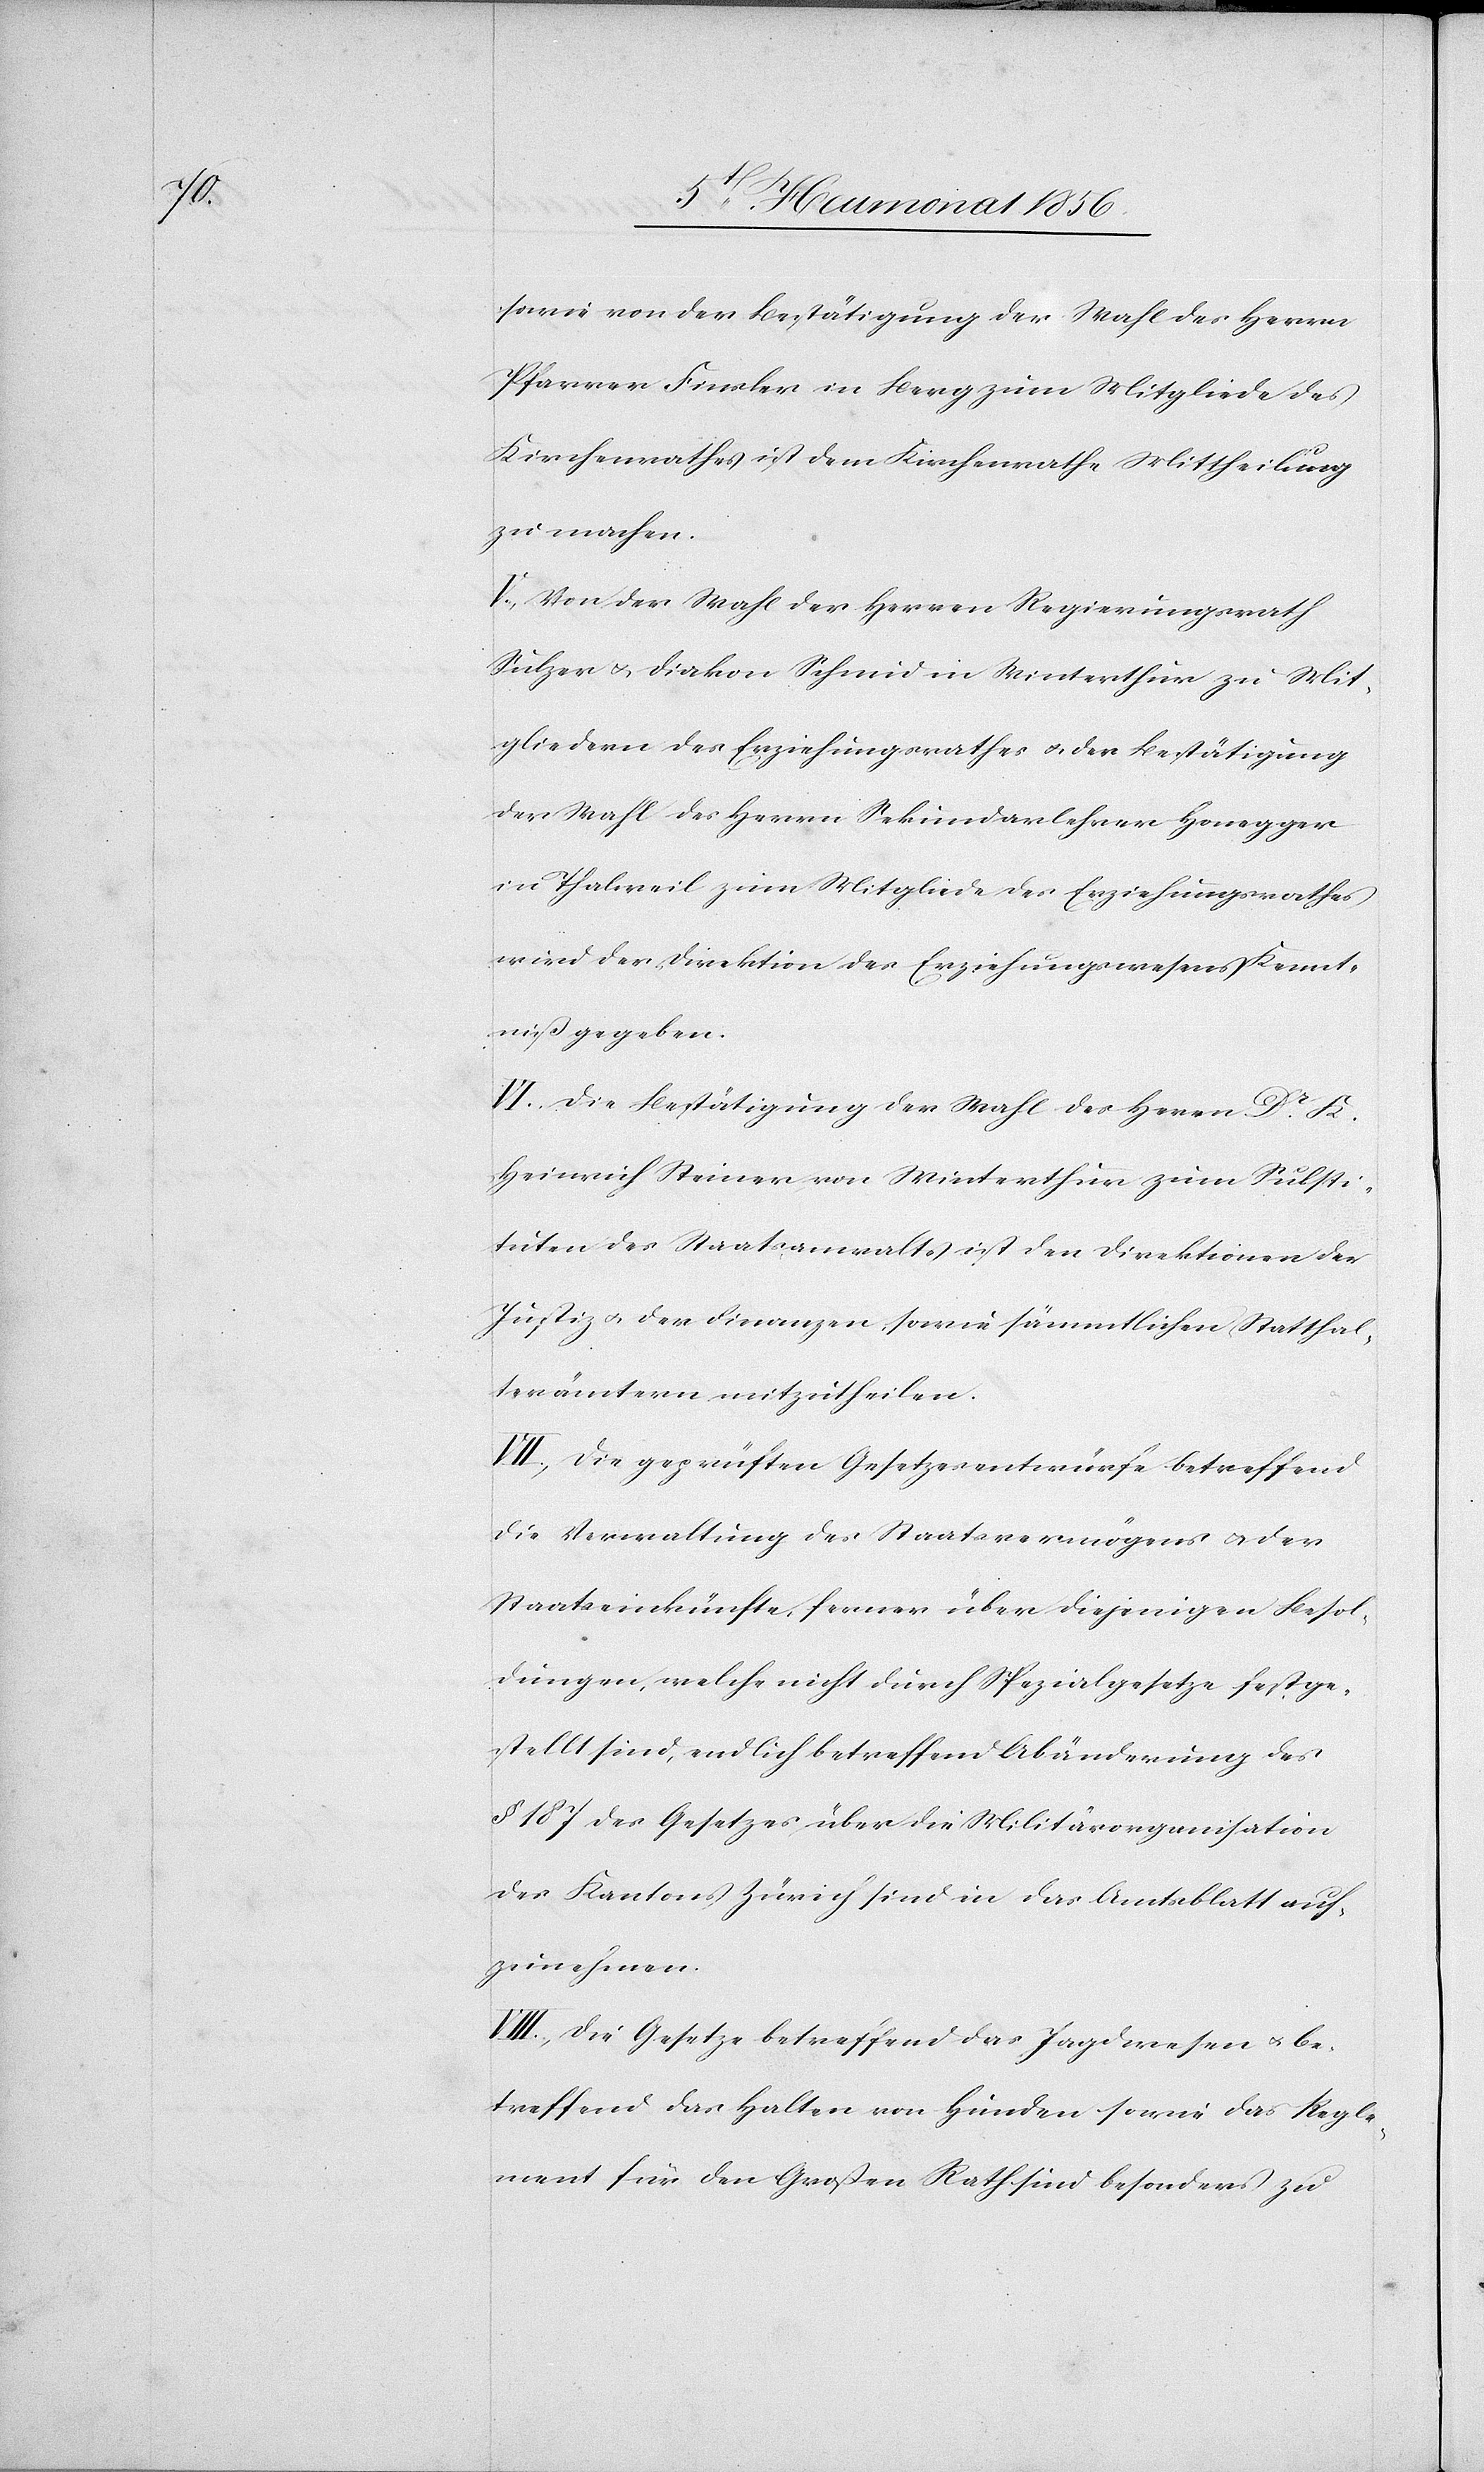
sowie von der Bestätigung der Wahl des Herrn
Pfarrer Finsler in Berg zum Mitgliede des
Kirchenrathes ist dem Kirchenrathe Mittheilung
zu machen.
V.) Von der Wahl der Herren Regierungsrath
Sulzer u. Diakon Schmid in Winterthur zu Mit¬
gliedern des Erziehungsrathes u. der Bestätigung
der Wahl des Herrn Sekundarlehrer Honegger
in Thalweil zum Mitgliede des Erziehungsrathes
wird der Direktion des Erziehungswesens Kennt¬
niß gegeben.
VI.) Die Bestätigung der Wahl des Herrn Dr K.
Heinrich Steiner von Winterthur zum Substi¬
tuten des Staatsanwaltes ist den Direktionen der
Justiz u. der Finanzen, sowie sämmtlichen Statthal¬
terämtern mitzutheilen.
VII.) Die geprüften Gesetzesentwürfe betreffend
die Verwaltung des Staatsvermögens u. der
Staatseinkünfte, ferner über diejenigen Besol¬
dungen, welche nicht durch Spezialgesetze festge¬
stellt sind, endlich betreffend Abänderung des
§ 187 des Gesetzes über die Militärorganisation
des Kantons Zürich sind in das Amtsblatt auf¬
zunehmen.
VIII.) Die Gesetze betreffend das Jagdwesen u. be¬
treffend das Halten von Hunden sowie das Regle¬
ment für den Großen Rath sind besonders zu